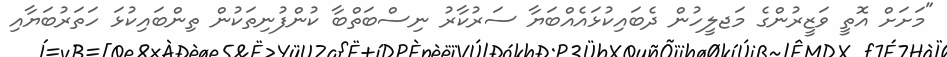
"މަށަށް އޮތީ ވަޒީރުންގެ މަޖލީހުން ދެބައިކުޅައެއްބަޔާ ސަރުކާރު ނިސްބަތްބާ ކުންފުނިތަކުން ތިންބައިކުޅަ ހަތަރުބަޔާއި